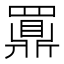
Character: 𲎙